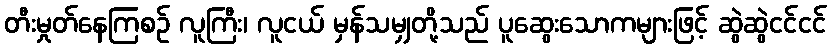
တီးမှုတ်နေကြစဉ် လူကြီး၊ လူငယ် မှန်သမျှတို့သည် ပူဆွေးသောကများဖြင့် ဆွဲဆွဲငင်ငင်